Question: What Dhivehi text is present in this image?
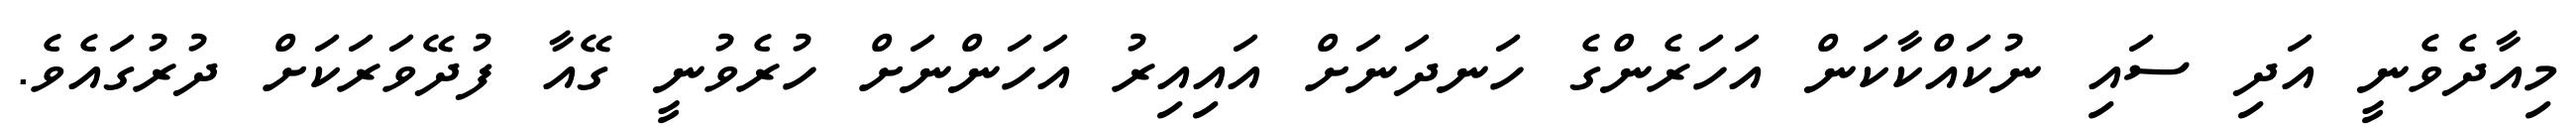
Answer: މިއާދެވެނީ އަދި ސައި ނުކައްކާކަން އަހަރެންގެ ހަނދަނަށް އައިއިރު އަހަންނަށް ހުރެވުނީ ގޭއާ ފުދޭވަރަކަށް ދުރުގައެވެ.